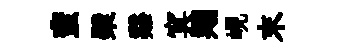
蜚檗谿㝠翔峴末